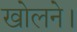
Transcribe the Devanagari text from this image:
खोलने।